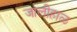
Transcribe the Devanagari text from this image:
जालीहाळ